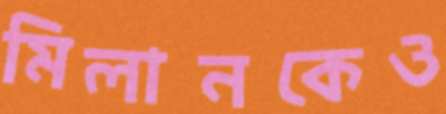
মিলানকেও